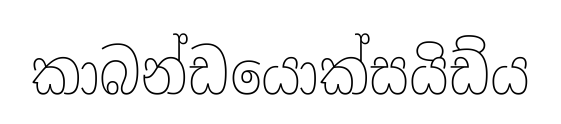
කාබන්ඩයොක්සයිඩ්ය